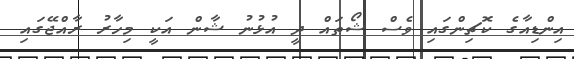
އިންޑިއާގެ ކޮޗިންގައި ވެސް ޝޯތައް ދީ އުޅުނު ޝާން އަކީ މިހާރު ރާއްޖޭގައި